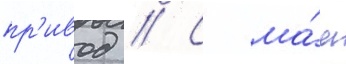
пр'ивод // С ма́я